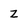
Character: z